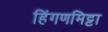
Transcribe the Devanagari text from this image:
हिंगणमिट्टा